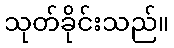
သုတ်ခိုင်းသည်။